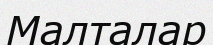
Малталар